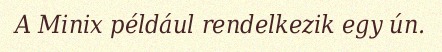
A Minix például rendelkezik egy ún.